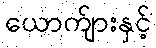
ယောက်ျားနှင့်